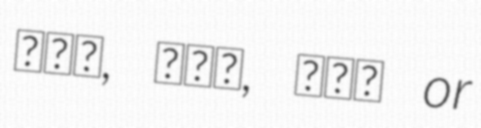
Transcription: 晋二郎, 真二郎, 真司郎 or